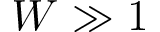
W \gg 1